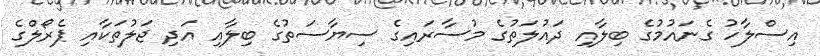
އިސްލާހު ގެނައުމުގެ ބިލާއި ދައުލަތުގެ މުސާރައިގެ ސިޔާސަތުގެ ބިލާއި އަދި ޖަލުތަކާއި ޕެރޯލްގެ